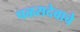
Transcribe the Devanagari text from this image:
पळसदेवाचे